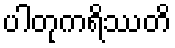
ပါတုကရိဿတိ